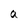
Character: a